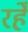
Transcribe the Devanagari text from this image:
रहेँ